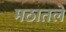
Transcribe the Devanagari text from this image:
मठातले